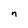
Character: n